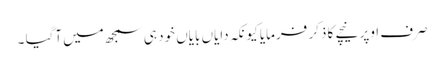
صرف اوپر نیچے کا ذکر فرمایا کیونکہ دایاں بایاں خود ہی سمجھ میں آگیا ۔